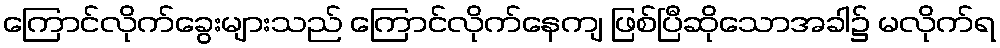
ကြောင်လိုက်ခွေးများသည် ကြောင်လိုက်နေကျ ဖြစ်ပြီဆိုသောအခါ၌ မလိုက်ရ